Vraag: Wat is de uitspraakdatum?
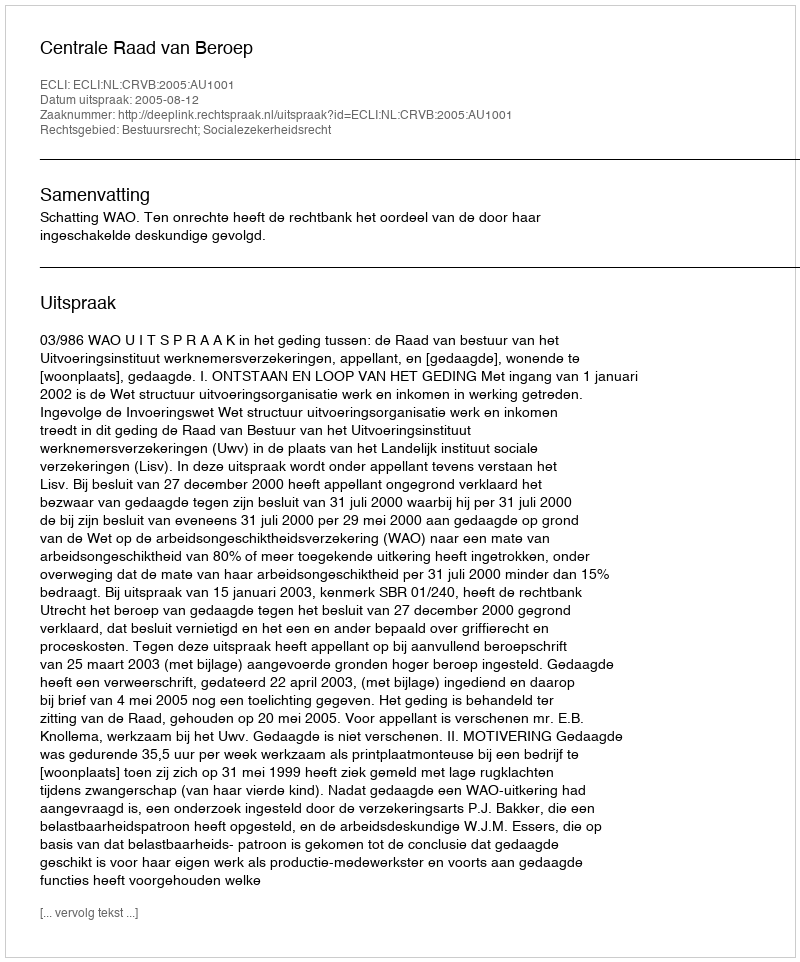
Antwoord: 2005-08-12